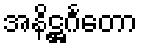
အနိဋ္ဌင်္ဂတော